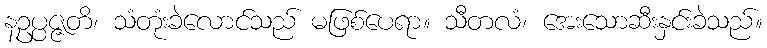
နဥပ္ပဇ္ဇတိ၊ သံတုံးခဲလောင်သည် မဖြစ်ပေရာ။ သီတလံ၊ အေးသောဆီးနှင်းခဲသည်။